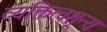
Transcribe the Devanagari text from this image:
व्यक्तित्वशून्य